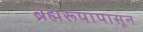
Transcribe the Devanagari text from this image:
ब्रह्मरूपापासून